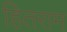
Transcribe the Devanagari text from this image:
हितराम